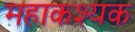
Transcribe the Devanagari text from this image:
महाकश्यक